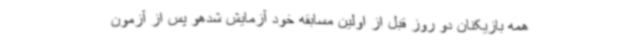
همه بازیکنان دو روز قبل از اولین مسابقه خود آزمایش شدهو پس از آزمون